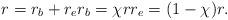
LaTeX: \begin{align*} r = r_b + r_e r_b = \chi r r_e = (1 - \chi) r.\end{align*}